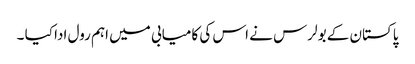
پاکستان کے بولرس نے اس کی کامیابی میں اہم رول ادا کیا ۔